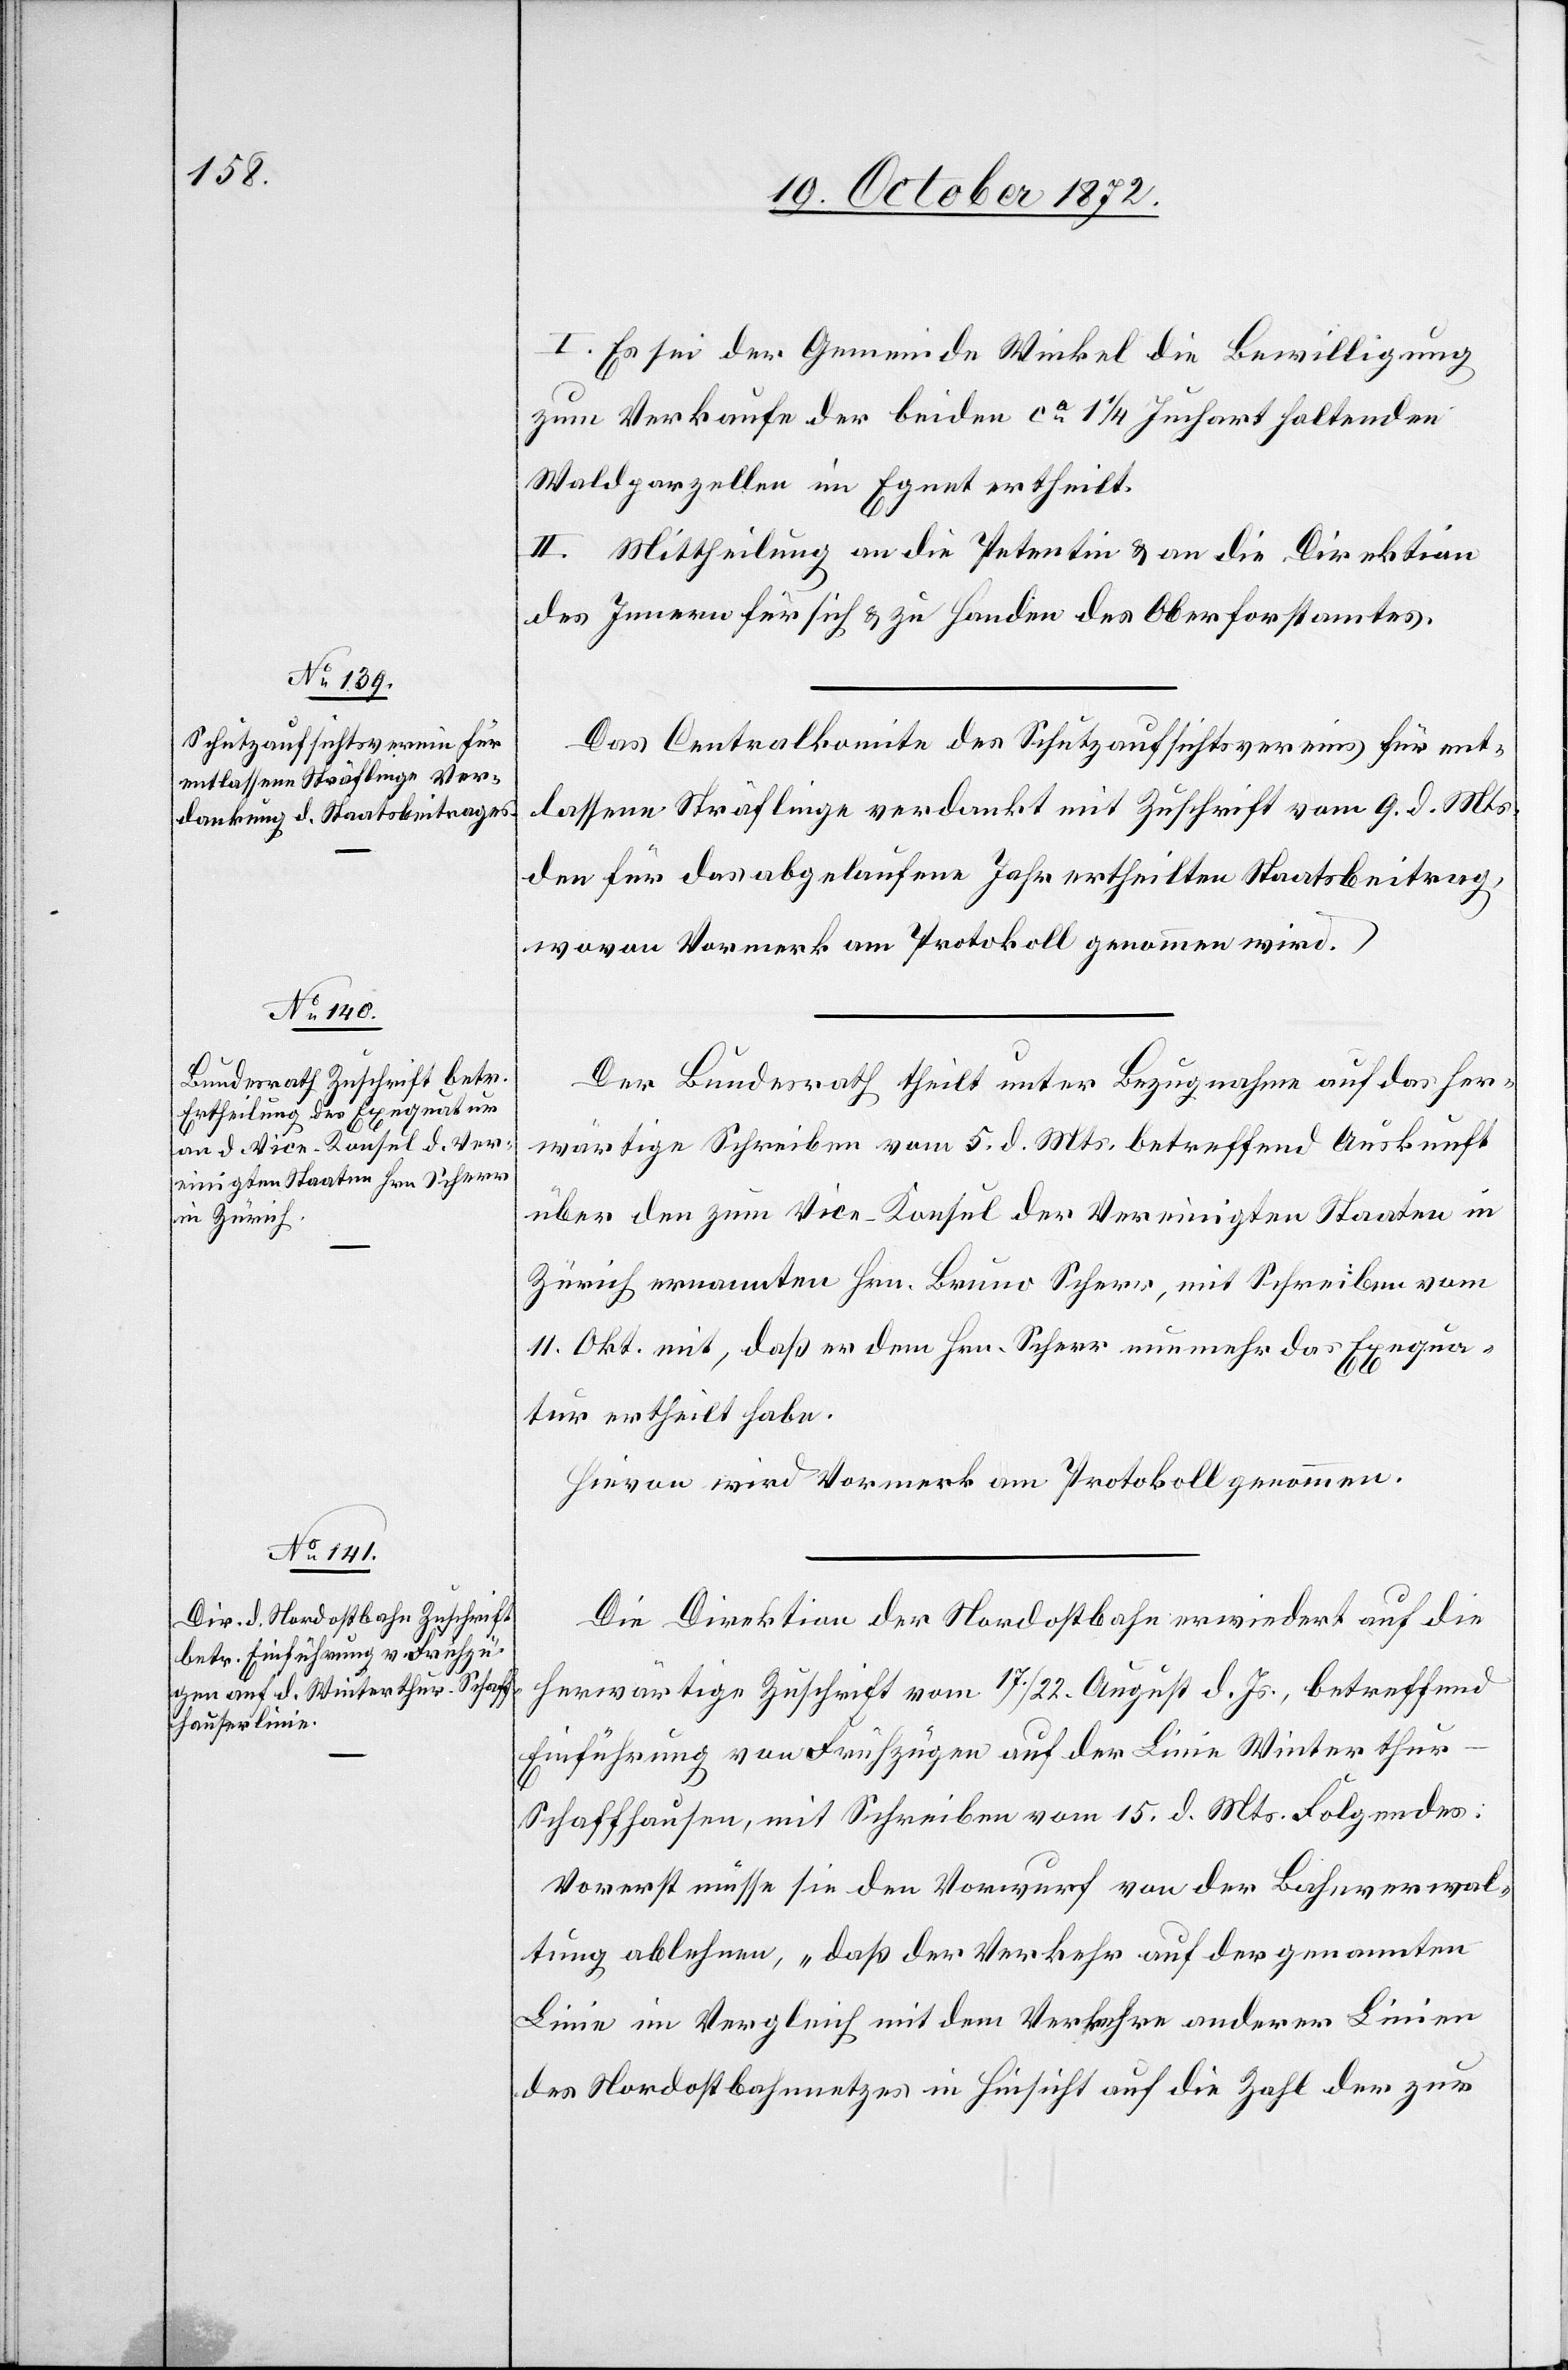
I. Es sei der Gemeinde Winkel die Bewilligung
zum Verkaufe der beiden ca 1 1/4 Juchart haltenden
Waldparzellen im Egnet ertheilt.
II. Mittheilung an die Petentin u. an die Direktion
des Innern für sich u. zu Handen des Oberforstamtes.
Das Centralkomite des Schutzaufsichtsvereines für ent¬
lassene Sträflinge verdankt mit Zuschrift vom 9. d. Mts.
den für das abgelaufene Jahr ertheilten Staatsbeitrag,
wovon Vormerk am Protokoll genommen wird.
Der Bundesrath theilt unter Bezugnahme auf das her¬
wärtige Schreiben vom 5. d. Mts. betreffend Auskunft
über den zum Vice-Konsul der Vereinigten Staaten in
Zürich ernannten Hrn. Bruno Scherr, mit Schreiben vom
11. Okt. mit, daß er dem Hrn. Scherr nunmehr das Exequa¬
tur ertheilt habe.
Hievon wird Vormerk am Protokoll genommen.
Die Direktion der Nordostbahn erwiedert auf die
herwärtige Zuschrift vom 17./22. August d. Js., betreffend
Einführung von Frühzügen auf der Linie Winterthu¬
r–Schaffhausen, mit Schreiben vom 15. d. Mts. Folgendes:
Vorerst müsse sie den Vorwurf von der Bahnverwal¬
tung ablehnen, „daß der Verkehr auf der genannten
Linie im Vergleich mit dem Verkehre anderer Linien
des Nordostbahnnetzes in Hinsicht auf die Zahl der zur